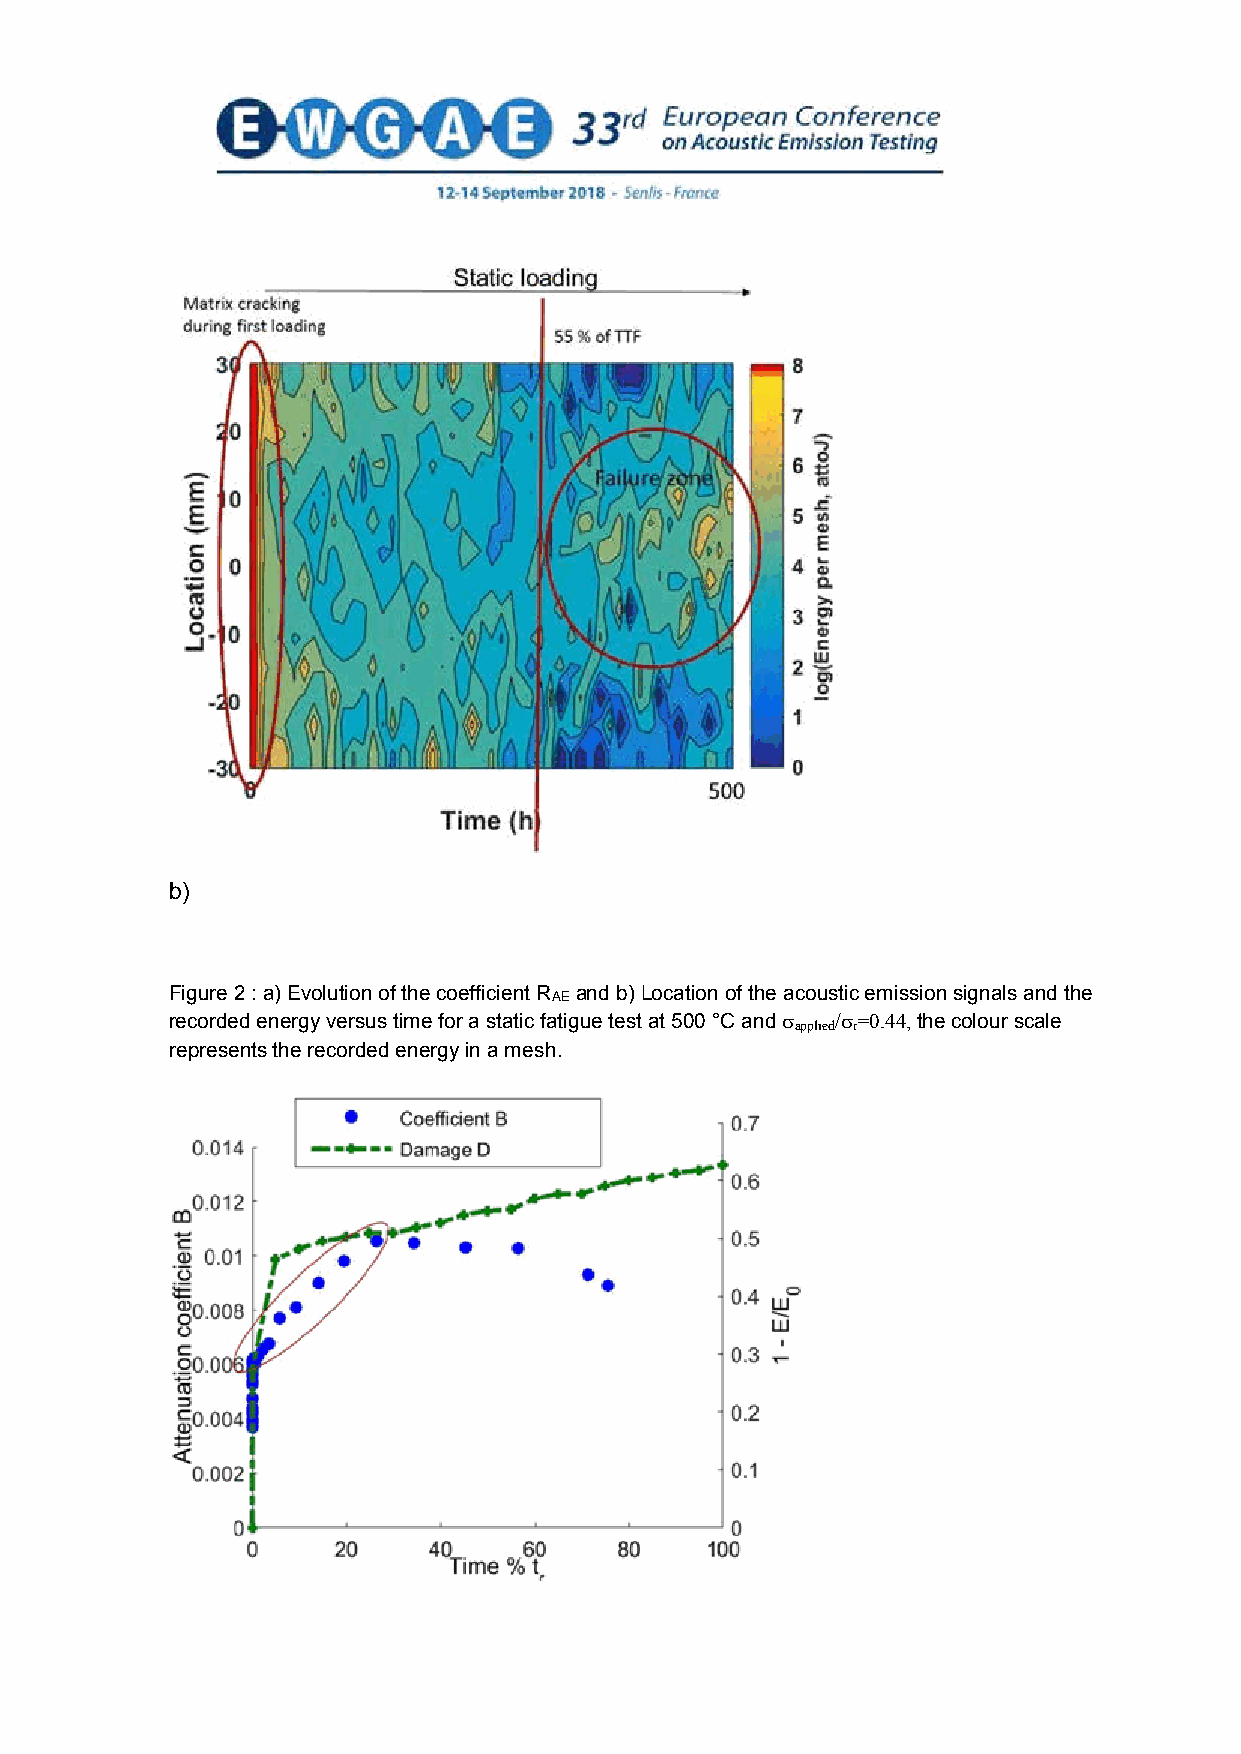
b)
 Figure 2 : a) Evolution of the coefficient RAE and b) Location of the acoustic emission signals and the
 recorded energy versus time for a static fatigue test at 500 °C and  /=0.44, the colour scale
 applied r
 represents the recorded energy in a mesh.
 8